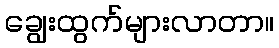
ချွေးထွက်များလာတာ။